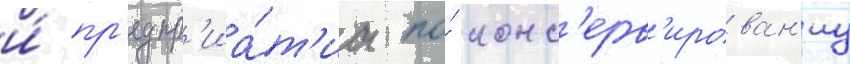
и́ пр'едпр'иа́т'иа по́ конс'ерв'ирован'иу